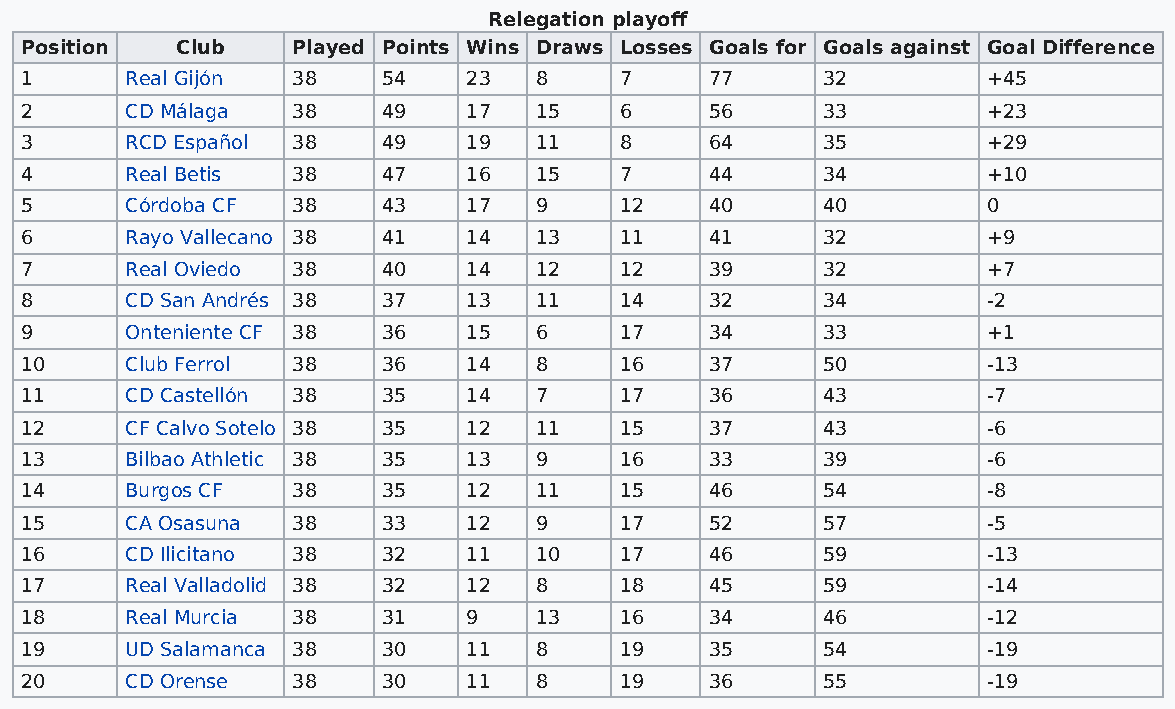
Relegation playoff
 Position   Club   Played Points Wins Draws Losses Goals for Goals against Goal Difference
 1      Real Gijón 38    54    23  8     7     77     32         +45
 2      CD Málaga  38    49    17  15    6     56     33         +23
 3      RCD Español 38   49    19  11    8     64     35         +29
 4      Real Betis 38    47    16  15    7     44     34         +10
 5      Córdoba CF 38    43    17  9     12    40     40         0
 6      Rayo Vallecano 38 41   14  13    11    41     32         +9
 7      Real Oviedo 38   40    14  12    12    39     32         +7
 8      CD San Andrés 38 37    13  11    14    32     34         -2
 9      Onteniente CF 38 36    15  6     17    34     33         +1
 10     Club Ferrol 38   36    14  8     16    37     50         -13
 11     CD Castellón 38  35    14  7     17    36     43         -7
 12     CF Calvo Sotelo 38 35  12  11    15    37     43         -6
 13     Bilbao Athletic 38 35  13  9     16    33     39         -6
 14     Burgos CF  38    35    12  11    15    46     54         -8
 15     CA Osasuna 38    33    12  9     17    52     57         -5
 16     CD Ilicitano 38  32    11  10    17    46     59         -13
 17     Real Valladolid 38 32  12  8     18    45     59         -14
 18     Real Murcia 38   31    9   13    16    34     46         -12
 19     UD Salamanca 38  30    11  8     19    35     54         -19
 20     CD Orense  38    30    11  8     19    36     55         -19